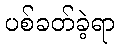
ပစ်ခတ်ခဲ့ရာ